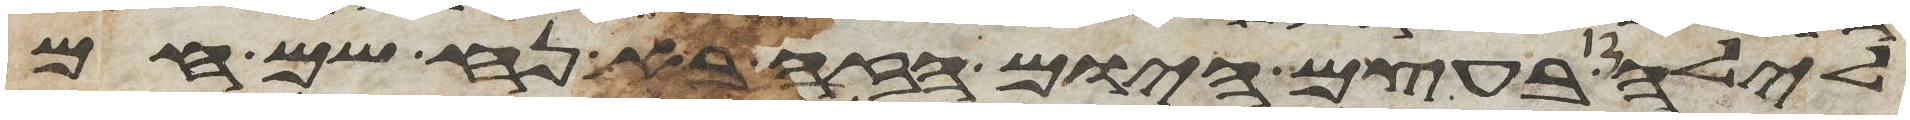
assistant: לילה בעצם היום הזה בא נח שם חם